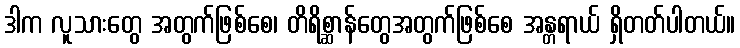
ဒါက လူသားတွေ အတွက်ဖြစ်စေ၊ တိရိစ္ဆာန်တွေအတွက်ဖြစ်စေ အန္တရာယ် ရှိတတ်ပါတယ်။